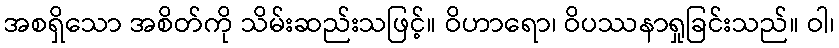
အစရှိသော အစိတ်ကို သိမ်းဆည်းသဖြင့်။ ဝိဟာရော၊ ဝိပဿနာရှုခြင်းသည်။ ဝါ၊